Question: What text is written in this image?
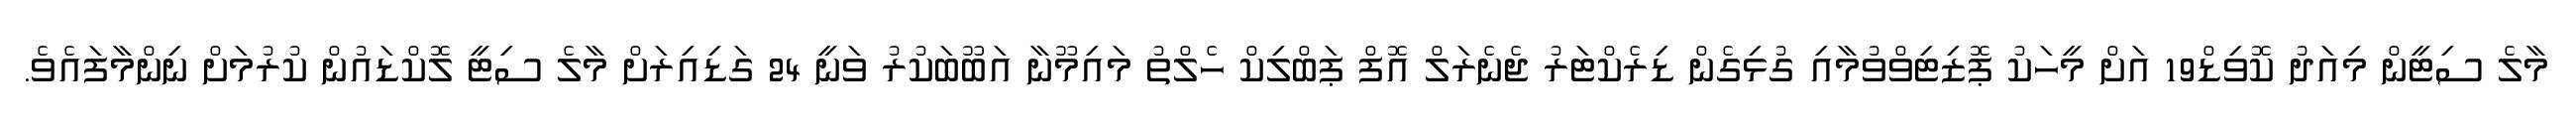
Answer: މާލެ ސިޓީން މިއަދު ކޮވިޑް19 އަށް މީހަކު ޕޮޒިޓިވްވުމާއި ގުޅިގެން ޑިރެކްޓަރު ޖެނެރަލް އޮފް ޕަބްލިކް ހެލްތު މައިމޫނާ އަބޫބަކުރު ވަނީ 24 ގަޑިއިރަށް މާލެ ސިޓީ ލޮކްޑައުން ކުރުމަށް ނިންމާފައެވެ.